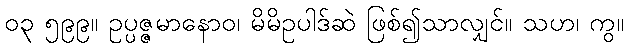
၀၃ ၅၉၉။ ဥပ္ပဇ္ဇမာနောဝ၊ မိမိဥပါဒ်ဆဲ ဖြစ်၍သာလျှင်။ သဟ၊ ကွ။